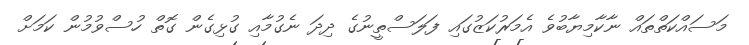
މަސައްކަތްތައް ނާކާމިޔާބުވެ އެމަރުކަޒުގައި ފަލަސްތީނުގެ ދިދަ ނެގުމާއި ގުޅިގެން ގޮތް ހުސްވުމުން ކަމަށް